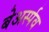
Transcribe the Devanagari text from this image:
बेअर्स्पव